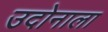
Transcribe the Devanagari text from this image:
उदोनाला